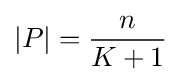
|P|={\frac {n}{K+1}}